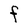
Character: F